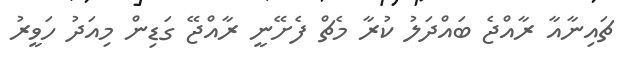
ޗައިނާއާ ރާއްޖެ ބައްދަލު ކުރާ މެޗް ފެށޭނީ ރާއްޖޭ ގަޑިން މިއަދު ހަވީރު